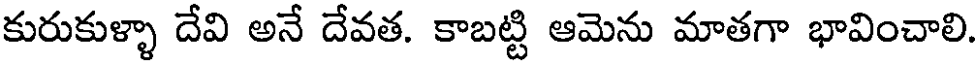
కురుకుళ్ళా దేవి అనే దేవత. కాబట్టి ఆమెను మాతగా భావించాలి.